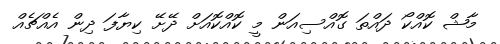
މާޝް ކޮއްކޯ ދައްތަ ގޮއްސިއަން މީ ކޮއްކޮއަށް ދޭށޭ ކިޔާފަ ދިން އެއްޗެއް